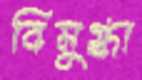
বিমুগ্ধা